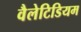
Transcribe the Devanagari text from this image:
वैलेटिडियम